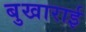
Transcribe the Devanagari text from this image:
बुखाराई